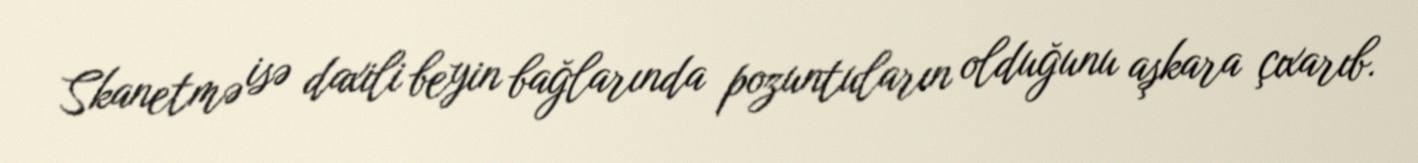
Skanetmə isə daxili beyin bağlarında pozuntuların olduğunu aşkara çıxarıb.